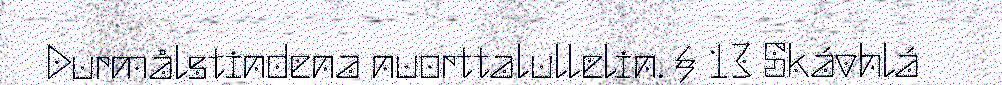
Durmålstindena nuorttalullelin. § 13 Skávhlá